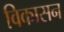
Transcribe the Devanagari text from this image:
विकासन